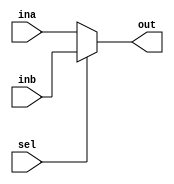
`timescale 1ns / 1ps
//////////////////////////////////////////////////////////////////////////////////
// Company: 
// Engineer: 
// 
// Design Name: 
// Module Name: mux2_1
// Project Name: 
// Target Devices: 
// Tool Versions: 
// Description: 
// 
// Dependencies: 
// 
// Revision:
// Revision 0.01 - File Created
// Additional Comments:
// 
//////////////////////////////////////////////////////////////////////////////////


module mux2_1(input [31:0] ina,input [31:0] inb,
                input sel,
                output [31:0] out);

assign out = sel ? inb : ina;

endmodule